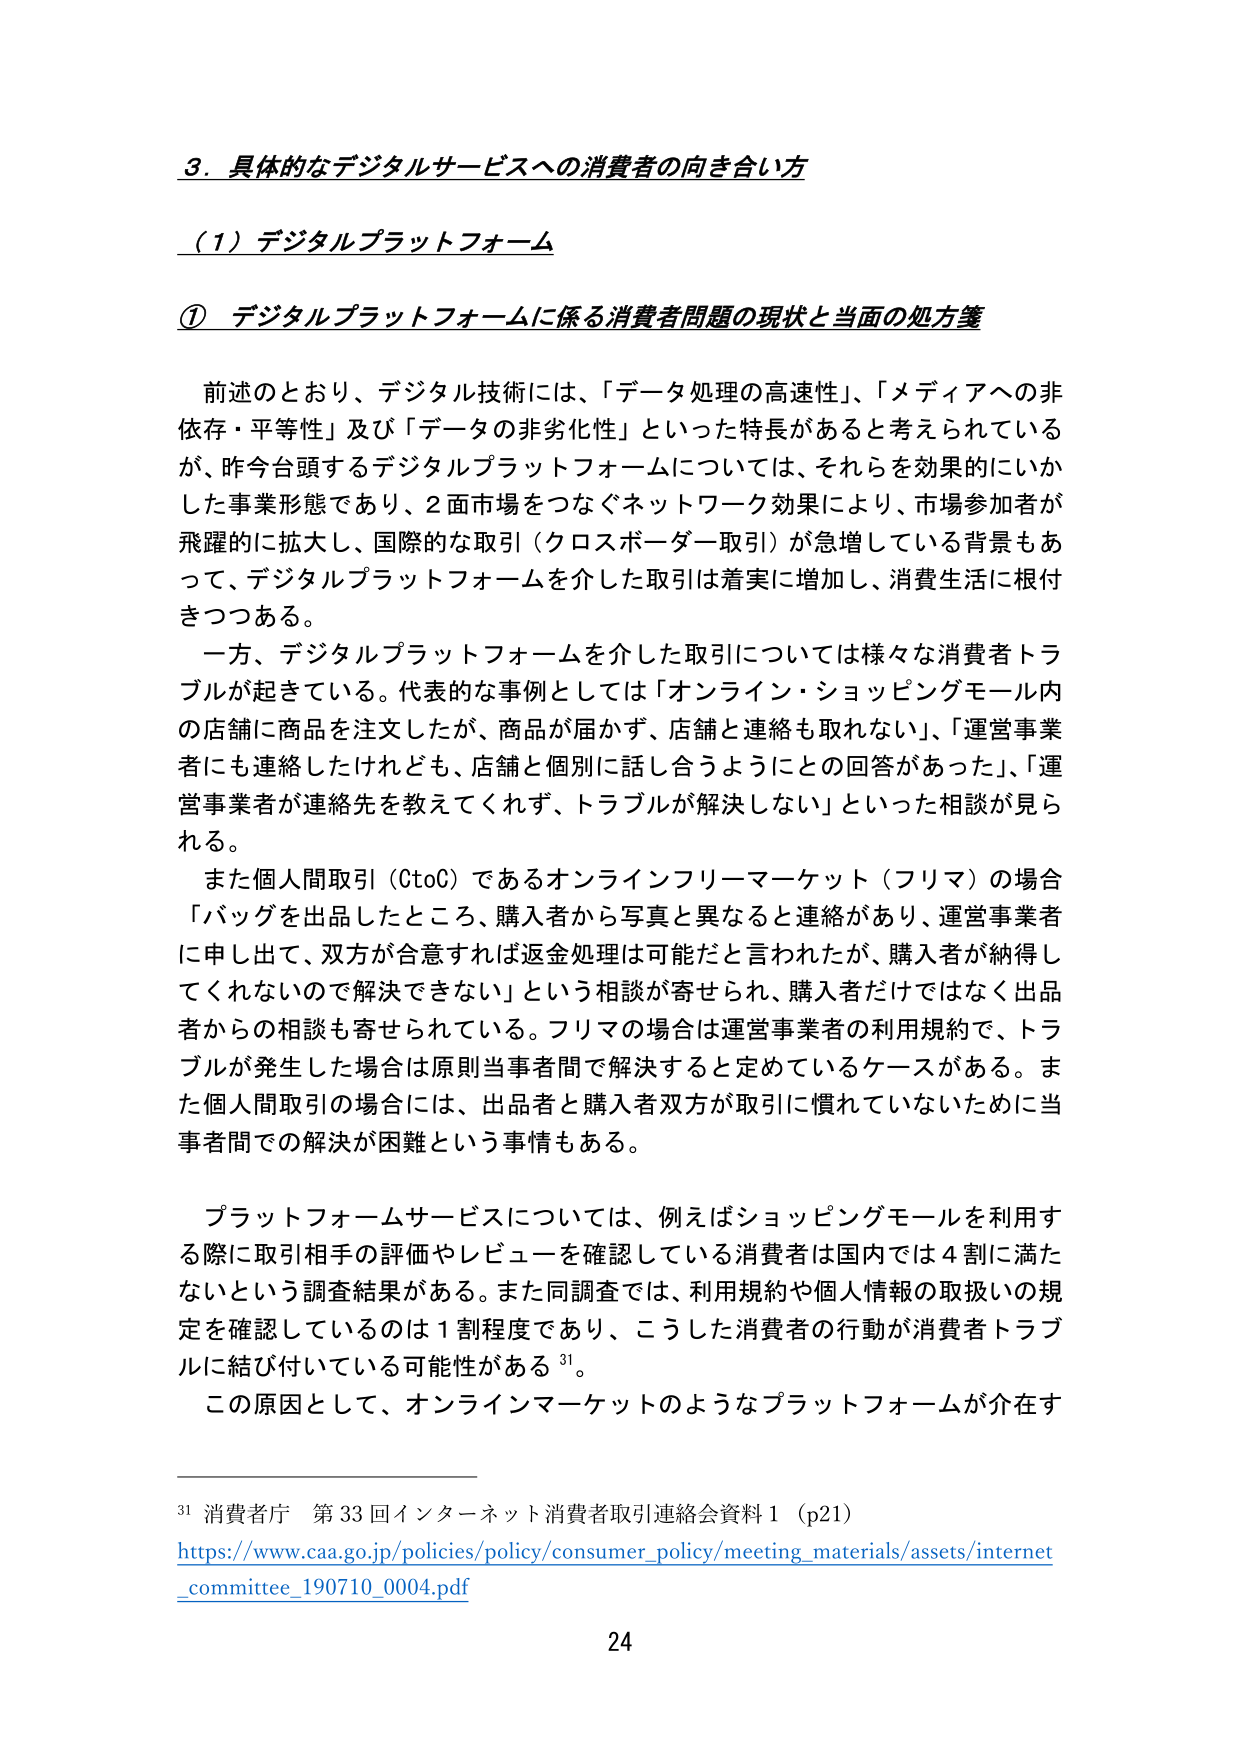
3. 具体的なデジタルサービスへの消費者の向き合い方

（1）デジタルプラットフォーム

① デジタルプラットフォームに係る消費者問題の現状と当面の処方箋

前述のとおり、デジタル技術には、「データ処理の高速性」、「メディアへの非依存・平等性」及び「データの非劣化性」といった特長があると考えられているが、昨今台頭するデジタルプラットフォームについては、それらを効果的にいかした事業形態であり、2面市場をつなぐネットワーク効果により、市場参加者が飛躍的に拡大し、国際的な取引（クロスボーダー取引）が急増している背景もあって、デジタルプラットフォームを介した取引は着実に増加し、消費生活に根付きつつある。

一方、デジタルプラットフォームを介した取引については様々な消費者トラブルが起きている。代表的な事例としては「オンライン・ショッピングモール内の店舗に商品を注文したが、商品が届かず、店舗と連絡も取れない」、「運営事業者にも連絡したけれども、店舗と個別に話し合うようにとの回答があった」、「運営事業者が連絡先を教えてくれず、トラブルが解決しない」といった相談が見られる。

また個人間取引（CtoC）であるオンラインフリーマーケット（フリマ）の場合「バッグを出品したところ、購入者から写真と異なると連絡があり、運営事業者に申し出て、双方が合意すれば返金処理は可能だと言われたが、購入者が納得してくれないので解決できない」という相談が寄せられ、購入者だけではなく出品者からの相談も寄せられている。フリマの場合は運営事業者の利用規約で、トラブルが発生した場合は原則当事者間で解決すると定めているケースがある。また個人間取引の場合には、出品者と購入者双方が取引に慣れていないために当事者間での解決が困難という事情もある。

プラットフォームサービスについては、例えばショッピングモールを利用する際に取引相手の評価やレビューを確認している消費者は国内では4割に満たないという調査結果がある。また同調査では、利用規約や個人情報の取扱いの規定を確認しているのは1割程度であり、こうした消費者の行動が消費者トラブルに結び付いている可能性がある 31。

この原因として、オンラインマーケットのようなプラットフォームが存在す

31 消費者庁 第33回インターネット消費者取引連絡会資料1（p21）
https://www.caa.go.jp/policies/policy/consumer_policy/meeting_materials/assets/internet_committee_190710_0004.pdf

24